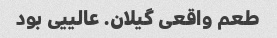
طعم واقعی گیلان. عالییی بود